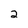
Character: 2